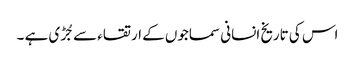
اس کی تاریخ انسانی سماجوں کے ارتقاء سے جُڑی ہے ۔